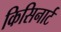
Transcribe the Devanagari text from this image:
किसिनार्ट